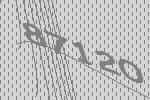
87120